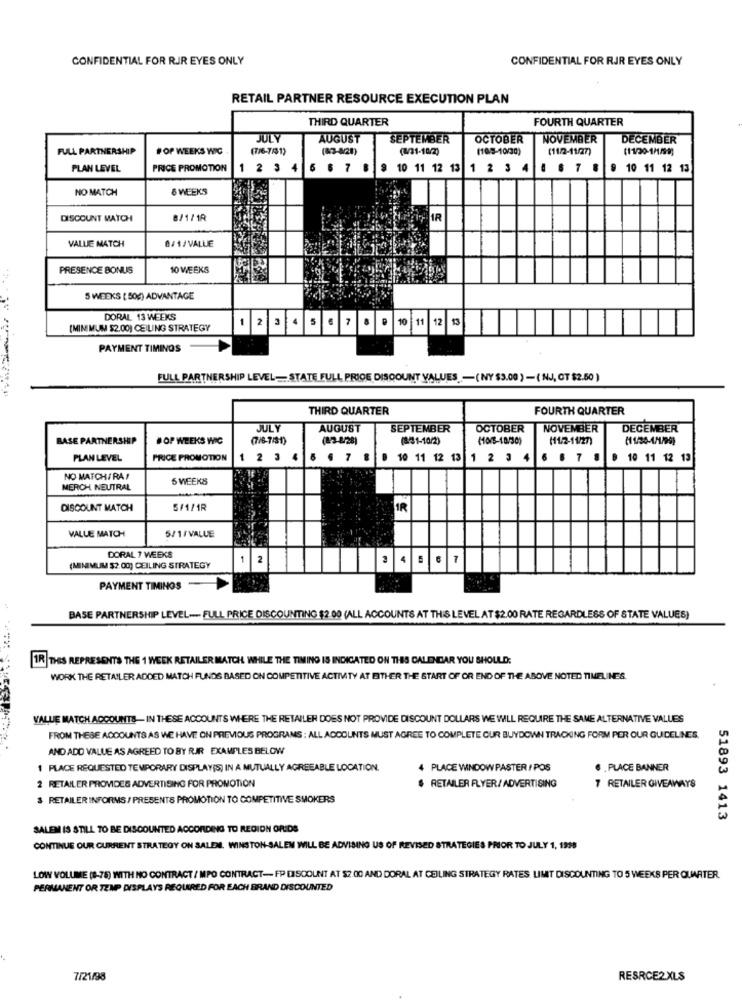
CONFIDENTIAL FOR RIR EYES ONLY
CONFIDENTIAL FOR RJR EYES ONLY
RETAIL PARTNER RESOURCE EXECUTION PLAN
THIRD QUARTER
FOURTH QUARTER
JULY
AUGUST
SEPTEMBER
OCTOBER
NOVEMBER
DECEMBER
FULL PARTNERSHIP
#OP WEEKS WIC
(7/6-7/31)
(83-820)
(2/31-10/2)
(15-10/30)
(11/2-11/27)
PLAN LEVEL
PRICE PROMOTION
1 2 3 4
6 7
9 10 11 12 13 1 2 3 4
. 6 7 .
9 10 11 12 13
NO MATCH
6 WEEKS
DISCOUNT MATCH
8/1/1R
IR
VALLE MATCH
8/1/VALLE
PRESENCE BONUS
10 WEEKS
5 WEEKS ( 50g) ADVANTAGE
DORAL 13 WEEKS
1
2
3
4
5
7
11
12
13
(MINIMUM $2.00) CEILING STRATEGY
PAYMENT TIMINGS
FULL PARTNERSHIP LEVEL -. STATE FULL PRICE DISCOUNT VALUES -(NY $3.00 ) - ( NJ, OT $2.50 )
THIRD QUARTER
FOURTH QUARTER
JULY
AUGUST
SEPTEMBER
OCTOBER
NOVEMBER
DECEMBER
BASE PARTNERSHIP
#OP WEEKS WIC
(7/8-7/8-1)
(2-3-8/28)
(81-10/2)
(10/-10/30)
(11/2-11/27)
PLAN LEVEL
PRICE PROMOTION
1 2 3 4
5 . 7 8
10 11 12 13 1 2 3 4 6 6 7 8 0 10 11 12 13
NO MATCH/RA/
6 WEEKS
MERCH NEUTRAL
DISCOUNT MATCH
5/1/1R
IR
VALLE MATCH
5/1/VALUE
DORAL 7 WEEKS
1
2
4
(MINIMUM $2.00) CEILING STRATEGY
PAYMENT TIMINGS
BASE PARTNERSHIP LEVEL -- FULL PRICE DISCOUNTING $2.00 (ALL ACCOUNTS AT THIS LEVEL AT $2.00 RATE REGARDLESS OF STATE VALUES)
1R THES REPRESENTS THE 1 WEEK RETAILER MATCH WHILE THE TIMING IS INDICATED ON THES CALENDAR YOU SHOULD:
WORK THE RETAILER ADDED MATCH FUNDS BASED ON COMPETITIVE ACTIVITY AT EITHER THE START OF OR END OF THE ABOVE NOTED TIMELINES.
VALUE MATCH.ACCOUNTS- IN THESE ACCOUNTS WHERE THE RETAILER DOES NOT PROVIDE DISCOUNT DOLLARS WE WILL REQUIRE THE SAME ALTERNATIVE VALUES
FROM THESE ACCOUNTS AS WE HAVE ON PREVIOUS PROGRAMS : ALL ACCOUNTS MUST AGREE TO COMPLETE OUR BUYDOWN TRACKING FORM PER OUR GUIDELINES.
AND ADD VALUE AS AGREED TO BY RIR EXAMPLES BELOW
1 PLACE REQUESTED TEMPORARY DISPLAY(S) IN A MUTUALLY AGREEABLE LOCATION.
4 PLACE WINDOW PASTER / POS
6 . PLACE BANNER
2 RETAILER PROVIDES ADVERTISING FOR PROMOTION
$ RETAILER FLYER/ ADVERTISING
7 RETAILER GIVEAWAYS
$ RETAILER INFORMS / PRESENTS PROMOTION TO COMPETITIVE SMOKERS
51893 1413
SALEM IS STILL TO BE DISCOUNTED ACCORDING TO REGION ORIDS
CONTINUE OUR CURRENT STRATEGY ON SALEN. WINSTON-SALEM WILL BE ADVISING US OF REVISED STRATEGIES PRIOR TO JULY 1, 1998
LOW VOLUME (8-75) WITH NO CONTRACT / MPO CONTRACT-FP DISCOUNT AT $2.00 AND DORAL AT CEILING STRATEGY RATES LIMT DISCOUNTING TO 5 WEEKS PER QUARTER.
PERMANENT OR TEMP DISPLAYS REQUIRED FOR EACH BRAND DISCOUNTED
7/21/98
RESRCE2.XLS